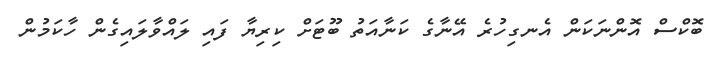
ބޮކްސް އޮންނަކަން އެނގިހުރެ އޭނާގެ ކަނާއަތު ބޫޓަށް ކިރިޔާ ފައި ލައްވާލައިގެން ހާކަމުން